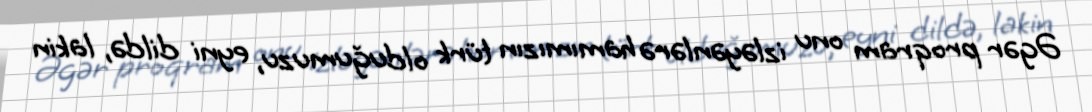
Əgər proqram onu izləyənlərə hamımızın türk olduğumuzu, eyni dildə, lakin